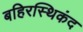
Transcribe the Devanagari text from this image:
बहिरस्थिकंद